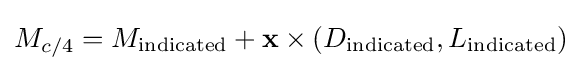
M_{c/4}=M_{\text{indicated}}+\mathbf {x} \times (D_{\text{indicated}},L_{\text{indicated}})